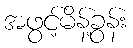
အဖွင့်မိန့်ခွန်း